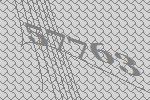
57763